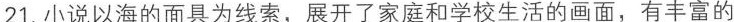
21.小说以海的面具为线索，展开了家庭和学校生活的画面，有丰富的